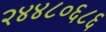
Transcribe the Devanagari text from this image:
२४४८०६८६